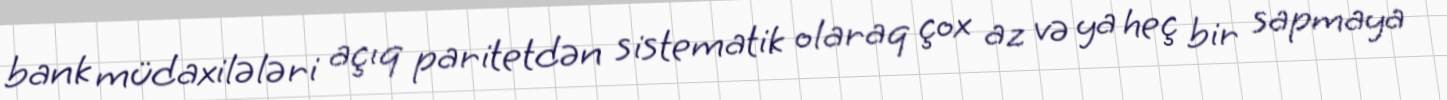
bank müdaxilələri açıq paritetdən sistematik olaraq çox az və ya heç bir sapmaya